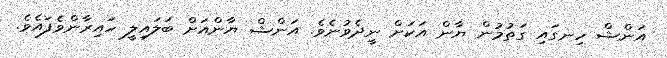
އަންޝް ހިނގައި ގަތުމުން ޔާން އަކަށް ނީދެވުނެވެ. އަންޝް ޔާންއަށް ބަލައިލީ ހައިރާންވެފައެވެ.